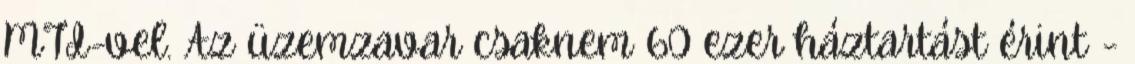
MTI-vel. Az üzemzavar csaknem 60 ezer háztartást érint -